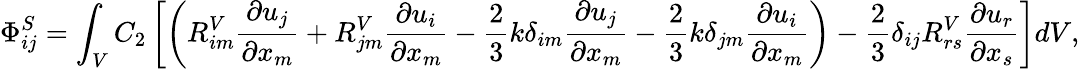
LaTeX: \Phi_{ij}^{S}=\int_{V}C_{2}\left[\left(R_{im}^{V}\frac{\partial u_{j}}{\partial x_{m}}+R_{jm}^{V}\frac{\partial u_{i}}{\partial x_{m}}-\frac{2}{3}k\delta_{im}\frac{\partial u_{j}}{\partial x_{m}}-\frac{2}{3}k\delta_{jm}\frac{\partial u_{i}}{\partial x_{m}}\right)-\frac{2}{3}\delta_{ij}R_{rs}^{V}\frac{\partial u_{r}}{\partial x_{s}}\right]dV,